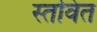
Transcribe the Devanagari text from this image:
स्तवित